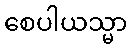
စေပါယသ္မာ